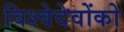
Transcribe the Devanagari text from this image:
विश्वेदेवोंको